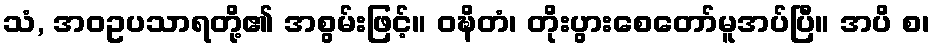
သံ, အဝဥပသာရတို့၏ အစွမ်းဖြင့်။ ဝဍ္ဎိတံ၊ တိုးပွားစေတော်မူအပ်ပြီ။ အပိ စ၊